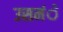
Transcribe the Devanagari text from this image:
उसमंे